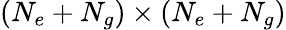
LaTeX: (N_{e}+N_{g})\times(N_{e}+N_{g})